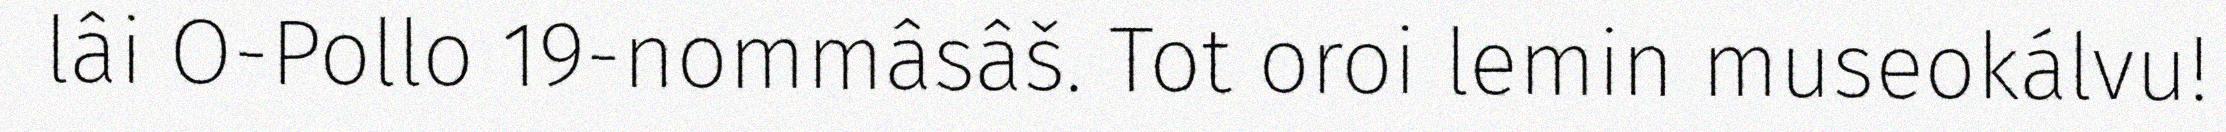
lâi O-Pollo 19-nommâsâš. Tot oroi lemin museokálvu!